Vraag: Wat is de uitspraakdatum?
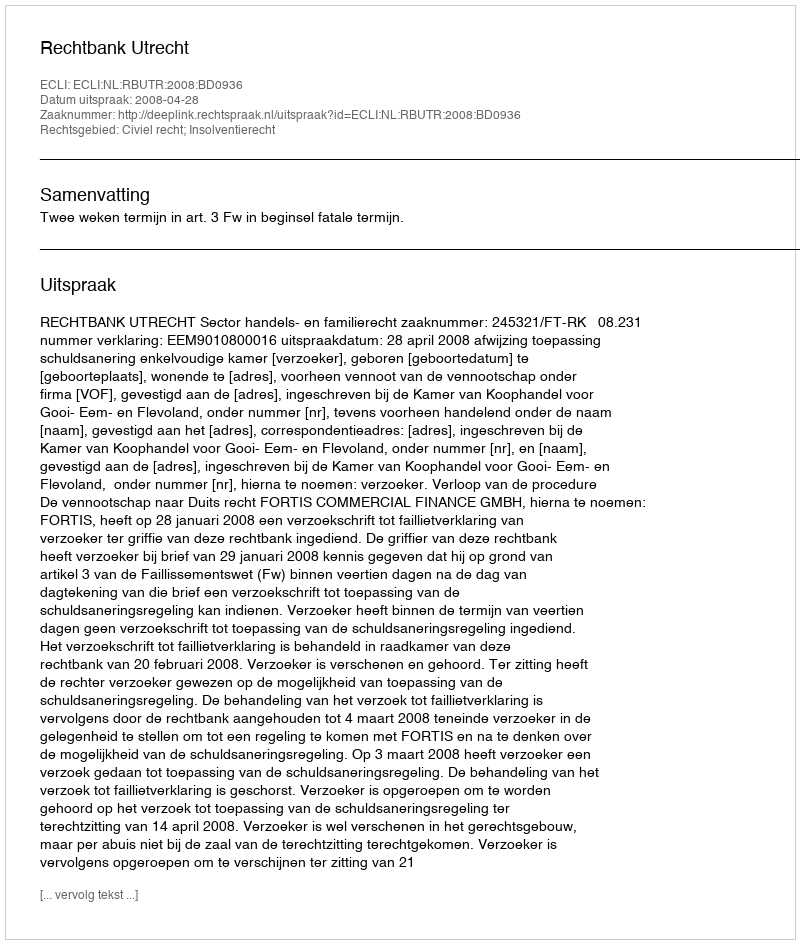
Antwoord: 2008-04-28